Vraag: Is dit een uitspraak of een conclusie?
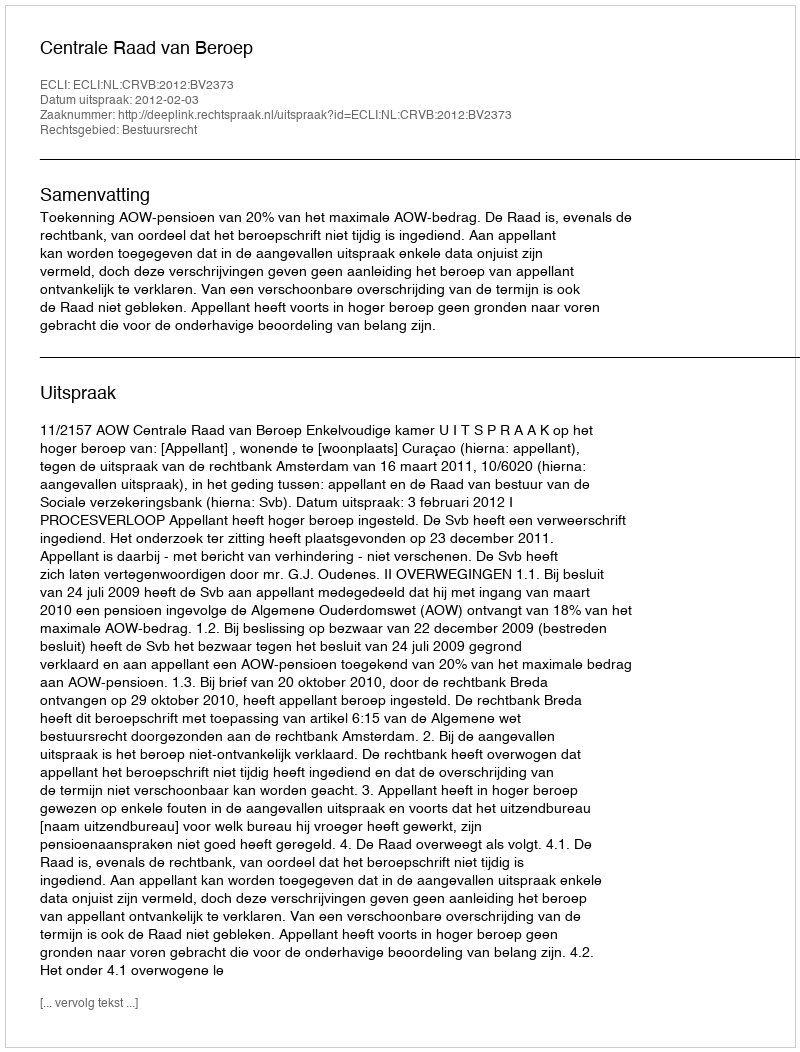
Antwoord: Uitspraak